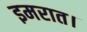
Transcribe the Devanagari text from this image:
इमरात।